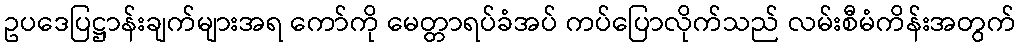
ဥပဒေပြဋ္ဌာန်းချက်များအရ ကော်ကို မေတ္တာရပ်ခံအပ် ကပ်ပြောလိုက်သည် လမ်းစီမံကိန်းအတွက်